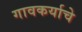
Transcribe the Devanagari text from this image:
गावकर्याचे